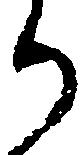
か